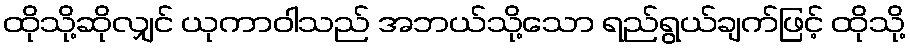
ထိုသို့ဆိုလျှင် ယုကာဝါသည် အဘယ်သို့သော ရည်ရွယ်ချက်ဖြင့် ထိုသို့